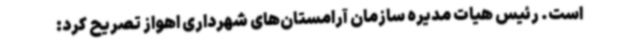
است. رئیس هیات مدیره سازمان آرامستان‌های شهرداری اهواز تصریح کرد: